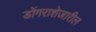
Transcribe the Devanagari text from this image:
डोंगराशेजारील